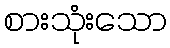
စားသုံးသော